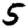
Digit: 5